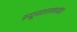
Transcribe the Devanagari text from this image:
स्यूनशलभवंश